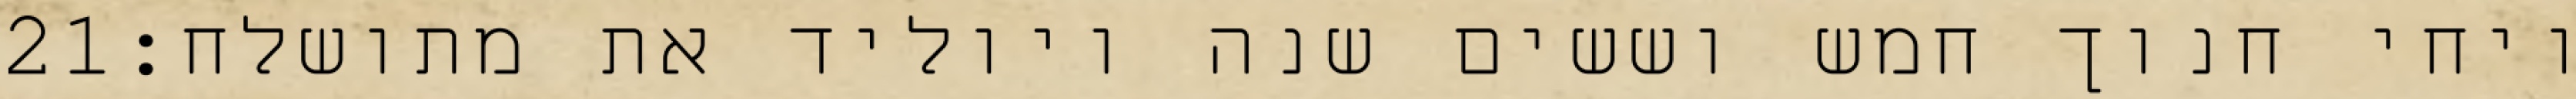
‎21‏ ויחי חנוך חמש וששים שנה ויוליד את מתושלח׃